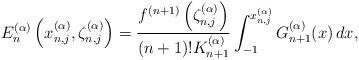
LaTeX: \begin{align*}E_n^{(\alpha )}\left({{x_{n,j}^{(\alpha )}}},{\zeta_{n,j}^{(\alpha)}}\right) = \frac{{{f^{(n + 1)}}\left({\zeta_{n,j}^{(\alpha)}}\right)}}{{(n + 1)! K_{n + 1}^{(\alpha )}}} \int_{ - 1}^{{x_{n,j}^{(\alpha )}}} {G_{n + 1}^{(\alpha )}(x)\, dx},\end{align*}